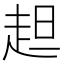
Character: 䞡